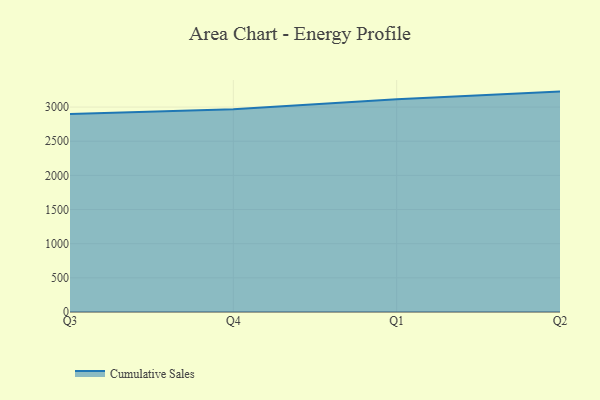
{"axis": {"x": "Quarter", "y": "Churn Rate (%)"}, "legend": ["Cumulative Sales"], "data": [{"x": "Q3", "y": 2900.6, "type": "Cumulative Sales"}, {"x": "Q4", "y": 2968.7, "type": "Cumulative Sales"}, {"x": "Q1", "y": 3115.0, "type": "Cumulative Sales"}, {"x": "Q2", "y": 3226.8, "type": "Cumulative Sales"}]}